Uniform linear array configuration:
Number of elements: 32
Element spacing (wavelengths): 0.75
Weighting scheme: hamming
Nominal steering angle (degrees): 30
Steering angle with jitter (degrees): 28.246
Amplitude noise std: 0.05
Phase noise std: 0.05

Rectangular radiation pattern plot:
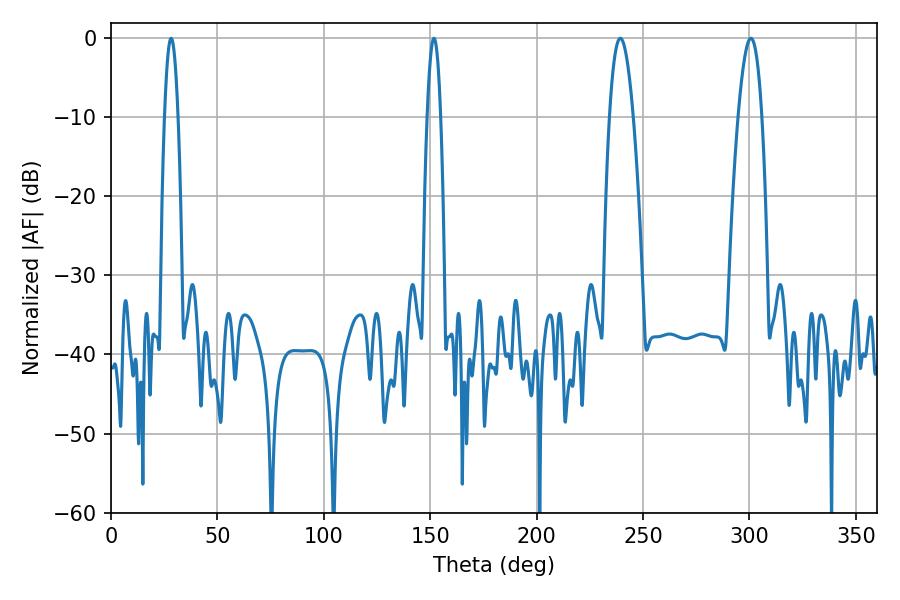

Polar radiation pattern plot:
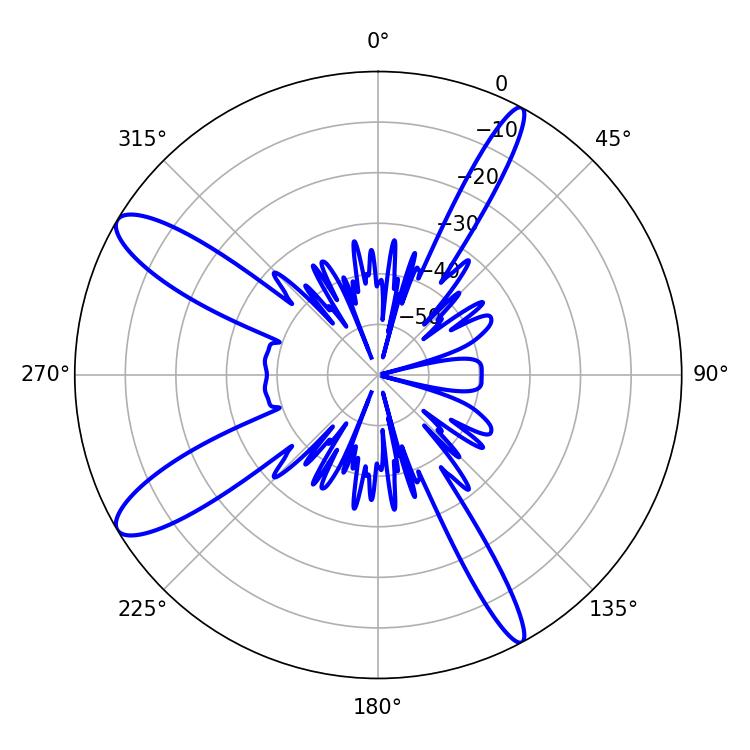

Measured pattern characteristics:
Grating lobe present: TRUE
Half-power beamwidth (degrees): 3.6
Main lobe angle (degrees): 28.26